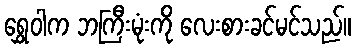
ရွှေဝါက ဘကြီးမုံးကို လေးစားခင်မင်သည်။